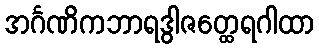
အင်္ဂဏိကဘာရဒွါဇတ္ထေရဂါထာ